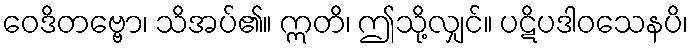
ဝေဒိတဗ္ဗော၊ သိအပ်၏။ ဣတိ၊ ဤသို့လျှင်။ ပဋိပဒါဝသေနပိ၊